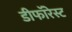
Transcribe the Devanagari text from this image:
डीफॉरेस्ट